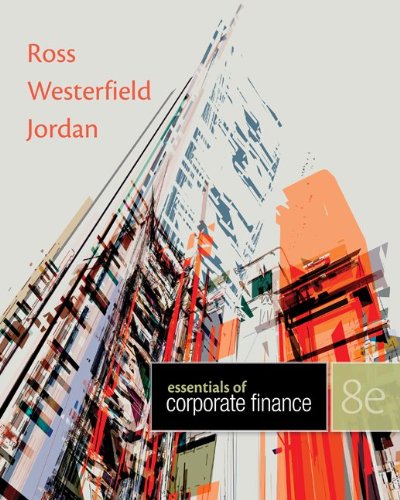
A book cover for ESSENTIALS CORPORATE FINANCE; Stephen Ross; Business & Money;